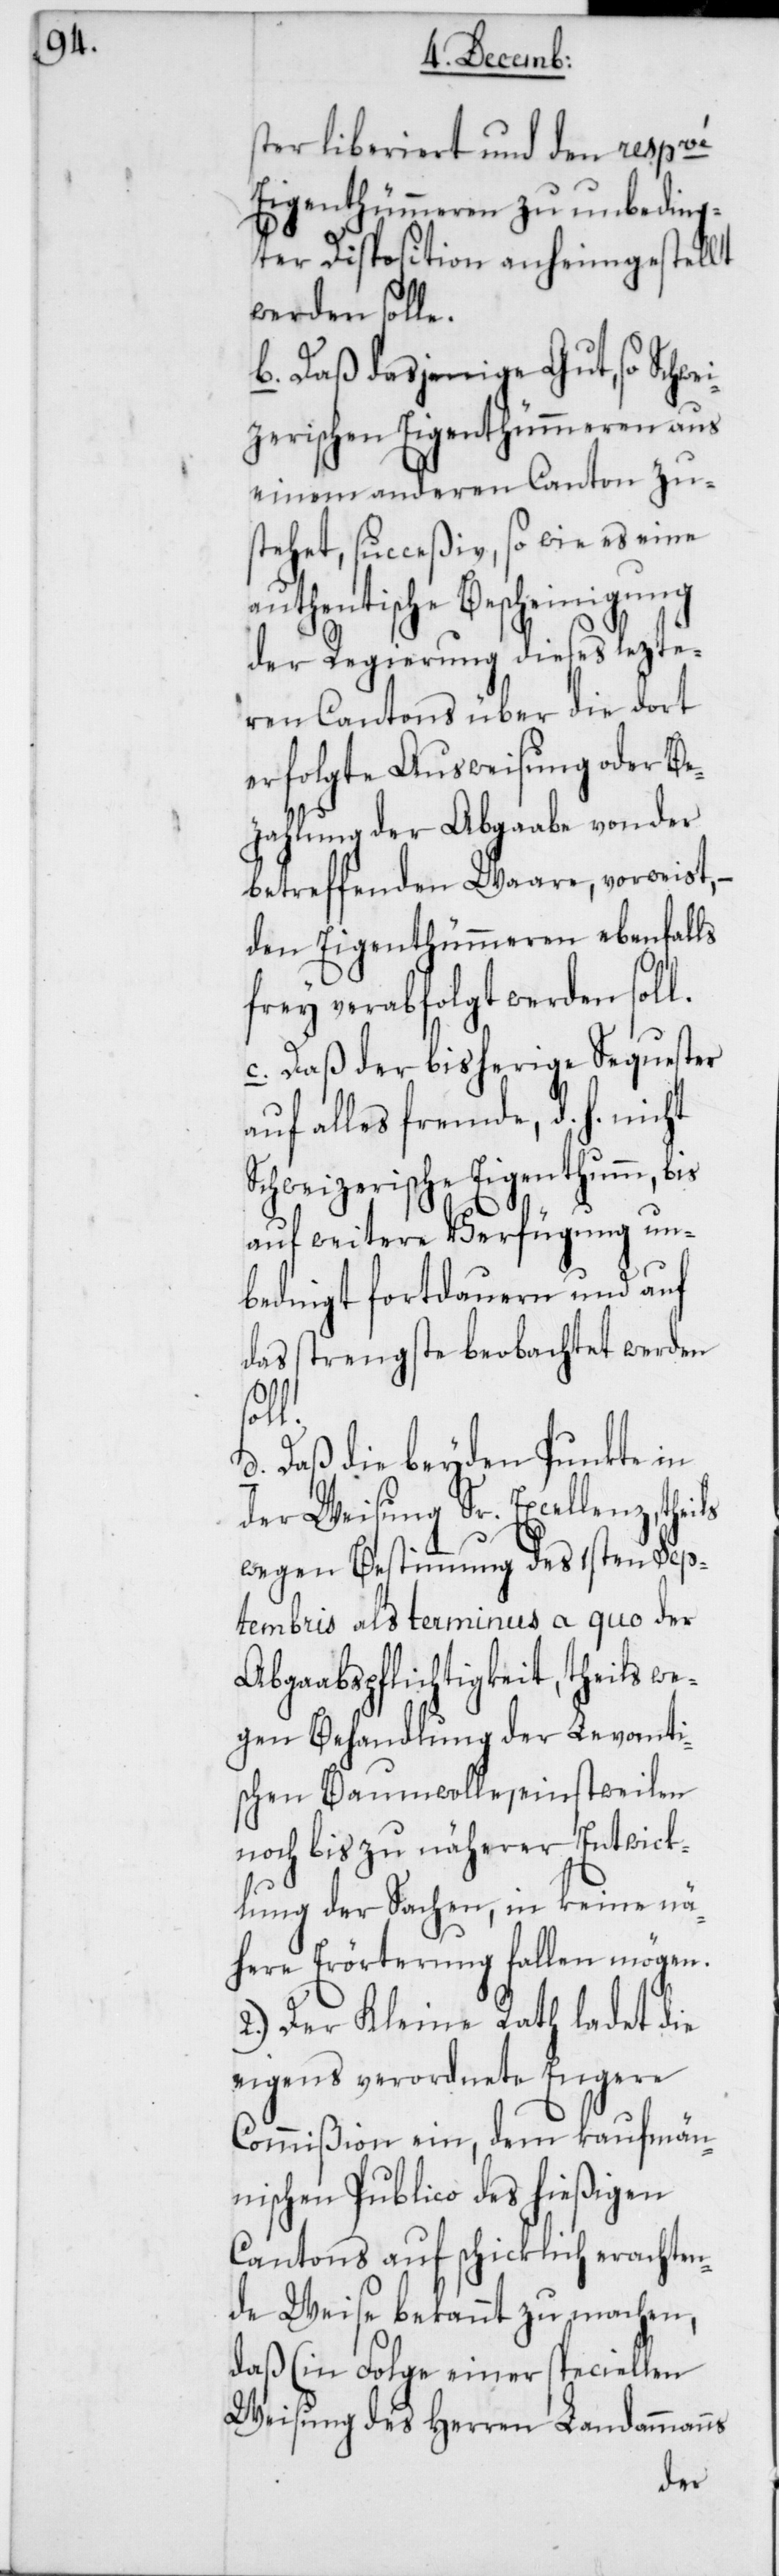
ster liberiert und den respve
Eigenthümeren zu unbeding¬
ter Disposition anheimgestellt
werden solle.
b. Daß dasjenige Gut, so Schwe¬
izerischen Eigenthümeren aus
einem anderen Canton zu¬
stehet, succeßiv, so wie es eine
authentische Bescheinigung
der Regierung dieses lezte¬
ren Cantons über die dort
erfolgte Ausweisung oder Be¬
zahlung der Abgabe von der
betreffenden Waare, vorweist,
den Eigenthümeren ebenfalls
frey verabfolgt werden soll.
c. Daß der bisherige Sequester
auf alles fremde, d. h. nicht
Schweizerische Eigenthum, bis
auf weitere Verfügung un¬
bedingt fortdauern und auf
das strengste beobachtet werden
ils
d. Daß die beyden Punkte in
der Weisung Sr. Excellenz, the¬
wegen Bestimmung des 1sten Sep¬
tembris als terminus a quo der
Abgabspflichtigkeit, theils we¬
gen Behandlung der levanti¬
schen Baumwolle, einstweilen
noch bis zu näherer Entwick¬
lung der Sachen, in keine nä¬
here Erörterung fallen mögen.
2.) Der Kleine Rath ladet die
eigens verordnete Engere
Commißion ein, dem kaufmän¬
nischen Publico des hießigen
Cantons auf schicklich erachten¬
de Weise bekannt zu machen,
daß (in Folge einer speciellen
Weisung des Herren Landammanns